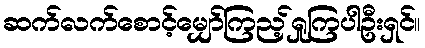
ဆက်လက်စောင့်မျှော်ကြည့်ရှုကြပါဦးရှင်။